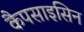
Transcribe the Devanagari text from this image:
कैपसाइसिन